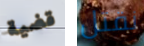
قضية نقتل